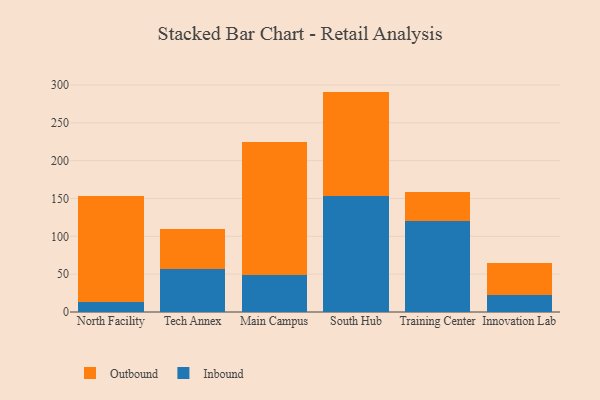
{"axis": {"x": "Campus", "y": "Budget (USD K)"}, "legend": ["Inbound", "Outbound"], "data": [{"x": "North Facility", "y": 13.5, "type": "Inbound"}, {"x": "North Facility", "y": 139.2, "type": "Outbound"}, {"x": "Tech Annex", "y": 56.6, "type": "Inbound"}, {"x": "Tech Annex", "y": 53.2, "type": "Outbound"}, {"x": "Main Campus", "y": 48.9, "type": "Inbound"}, {"x": "Main Campus", "y": 175.5, "type": "Outbound"}, {"x": "South Hub", "y": 152.9, "type": "Inbound"}, {"x": "South Hub", "y": 138.3, "type": "Outbound"}, {"x": "Training Center", "y": 120.6, "type": "Inbound"}, {"x": "Training Center", "y": 37.5, "type": "Outbound"}, {"x": "Innovation Lab", "y": 23.1, "type": "Inbound"}, {"x": "Innovation Lab", "y": 41.4, "type": "Outbound"}]}